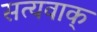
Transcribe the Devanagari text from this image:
सत्यवाक्‌